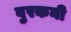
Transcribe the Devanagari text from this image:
बुरकनी